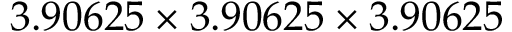
3 . 9 0 6 2 5 \times 3 . 9 0 6 2 5 \times 3 . 9 0 6 2 5